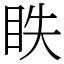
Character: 眣